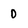
Character: 0